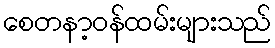
စေတနာ့ဝန်ထမ်းများသည်